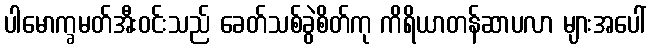
ပါမောက္ခမတ်အီးဝင်းသည် ခေတ်သစ်ခွဲစိတ်ကု ကိရိယာတန်ဆာပလာ များအပေါ်